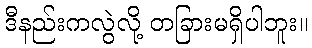
ဒီနည်းကလွဲလို့ တခြားမရှိပါဘူး။